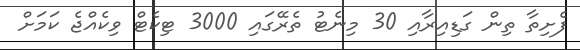
ފެށިތާ ތިން ގަޑިއިރާއި 30 މިނެޓު ތެރޭގައި 3000 ޓިކެޓް ވިކެއްޖެ ކަމަށް